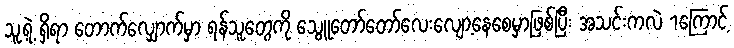
သူ့ရဲ့ ရှိရာ တောက်လျှောက်မှာ ရန်သူတွေကို သွေူတော်တော်လေးလျော့နေစေမှာဖြစ်ပြီး အသင်းကလဲ 1ကြောင့်